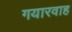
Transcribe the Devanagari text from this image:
गयारवाह